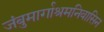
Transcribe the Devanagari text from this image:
जंबुमार्गाश्रमनिवासिन